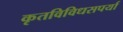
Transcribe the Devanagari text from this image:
कृतविविधसपर्या